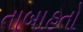
તાબાહતો